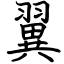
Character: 翼